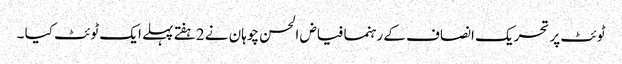
ٹوئٹ پر تحریک انصاف کے رہنما فیاض الحسن چوہان نے 2ہفتے پہلے ایک ٹوئٹ کیا ۔